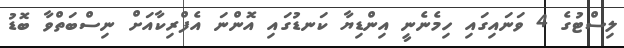
ލިސްޓުގެ 4 ވަނައިގައި ހިމެނެނީ އިންޑިޔާ ކަނޑުގައި އޮންނަ އެފްރިކާއަށް ނިސްބަތްވާ ބޮޑު